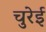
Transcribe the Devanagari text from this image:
चुरेई